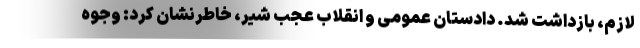
لازم، بازداشت شد. دادستان عمومی و انقلاب عجب شیر، خاطرنشان کرد: وجوه